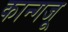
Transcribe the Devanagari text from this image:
कान्गजू